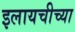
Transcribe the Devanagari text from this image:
इलायचीच्या